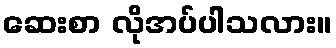
ဆေးစာ လိုအပ်ပါသလား။